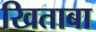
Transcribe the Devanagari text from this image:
खिताबा